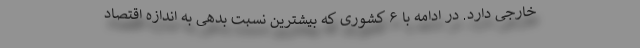
خارجی دارد. در ادامه با ۶ کشوری که بیشترین نسبت بدهی به اندازه اقتصاد